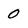
Character: 0